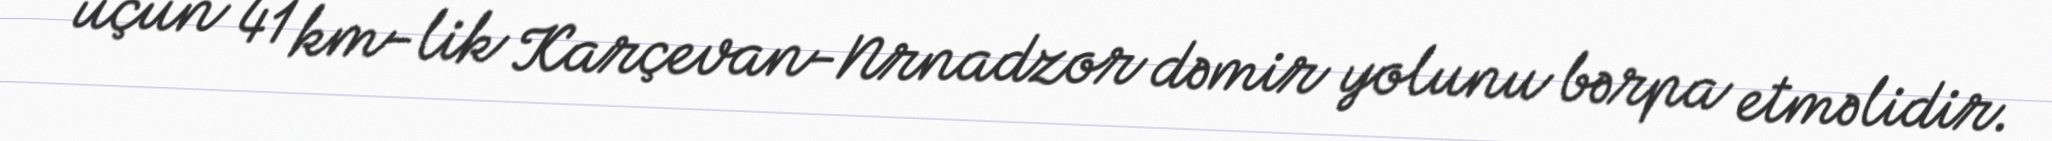
üçün 41 km-lik Karçevan-Nrnadzor dəmir yolunu bərpa etməlidir.